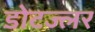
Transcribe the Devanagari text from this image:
डोटज्लर